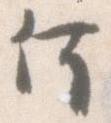
何